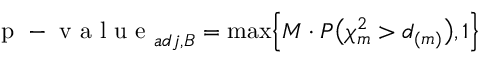
\mathrm { ~ p ~ - ~ v ~ a ~ l ~ u ~ e ~ } _ { a d j , B } = \operatorname* { m a x } \Bigl \{ M \cdot P \bigl ( \chi _ { m } ^ { 2 } > d _ { ( m ) } \bigl ) , 1 \Bigl \}